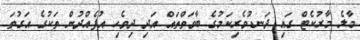
މާލެ މާރުކެޓް ގައި ދަނޑުވެރިކަމުގެ ބާވަތްތައް އަދި ދިވެހި އުފެއްދުން ތަކުގެ އަގުތަ